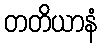
တတိယာနံ